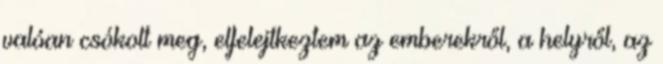
valóan csókolt meg, elfelejtkeztem az emberekről, a helyről, az